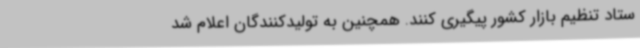
ستاد تنظیم بازار کشور پیگیری کنند. همچنین به تولیدکنندگان اعلام شد